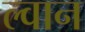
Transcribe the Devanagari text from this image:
ल्वान